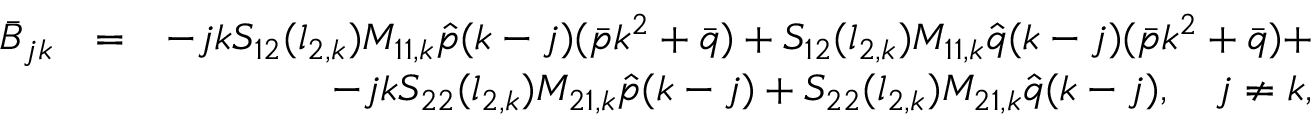
\begin{array} { r l r } { \bar { B } _ { j k } } & { = } & { - j k S _ { 1 2 } ( l _ { 2 , k } ) M _ { 1 1 , k } \hat { p } ( k - j ) ( \bar { p } k ^ { 2 } + \bar { q } ) + S _ { 1 2 } ( l _ { 2 , k } ) M _ { 1 1 , k } \hat { q } ( k - j ) ( \bar { p } k ^ { 2 } + \bar { q } ) + } \\ & { } & { - j k S _ { 2 2 } ( l _ { 2 , k } ) M _ { 2 1 , k } \hat { p } ( k - j ) + S _ { 2 2 } ( l _ { 2 , k } ) M _ { 2 1 , k } \hat { q } ( k - j ) , \quad j \neq k , } \end{array}